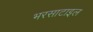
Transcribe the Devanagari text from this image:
भरसाटाइल